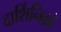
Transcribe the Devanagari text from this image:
दार्शिनिकों